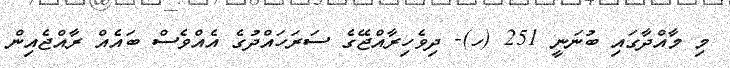
މި މާއްދާގައި ބުނަނީ 251 (ހ)- ދިވެހިރާއްޖޭގެ ސަރަހައްދުގެ އެއްވެސް ބައެއް ރާއްޖެއިން